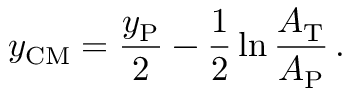
y _ { \mathrm { C M } } = { \frac { y _ { \mathrm { P } } } { 2 } } - { \frac { 1 } { 2 } } \ln { \frac { A _ { \mathrm { T } } } { A _ { \mathrm { P } } } } \, .